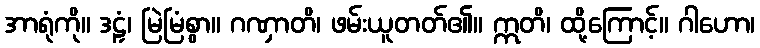
အာရုံကို။ ဒဠှံ၊ မြဲမြံစွာ။ ဂဏှာတိ၊ ဖမ်းယူတတ်၏။ ဣတိ၊ ထို့ကြောင့်။ ဂါဟော၊